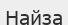
Найза